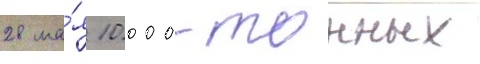
28 ма́я 10 000-тонных